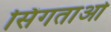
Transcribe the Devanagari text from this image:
सिंगताओ